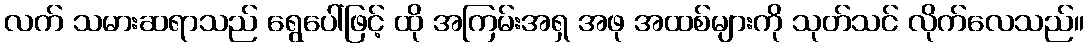
လက် သမားဆရာသည် ရွေပေါ်ဖြင့် ထို အကြမ်းအရှ အဖု အထစ်များကို သုတ်သင် လိုက်လေသည်။